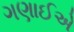
ગણાઈએ